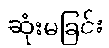
ဆုံးမခြင်း